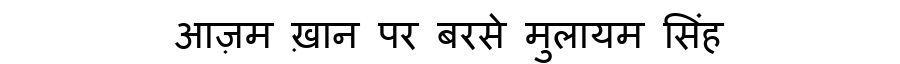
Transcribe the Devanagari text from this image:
आज़म ख़ान पर बरसे मुलायम सिंह